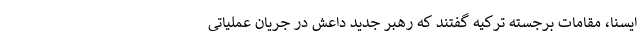
ایسنا، مقامات برجسته ترکیه گفتند که رهبر جدید داعش در جریان عملیاتی